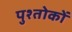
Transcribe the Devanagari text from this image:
पुश्तोकों